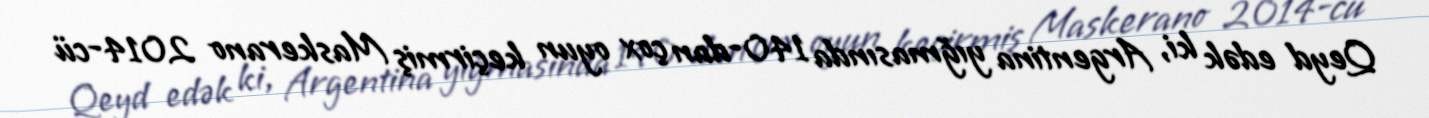
Qeyd edək ki, Argentina yığmasında 140-dan çox oyun keçirmiş Maskerano 2014-cü